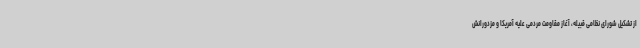
از تشکیل شورای نظامی قبیله، آغاز مقاومت مردمی علیه آمریکا و مزدورانش